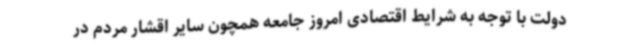
دولت با توجه به شرایط اقتصادی امروز جامعه همچون سایر اقشار مردم در